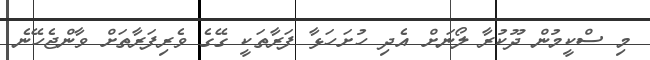
މި ސްކީމުން ދޫކުރާ ލޯނަށް އެދި ހުށަހަޅާ ފަރާތަކީ ގޭގެ ވެރިފަރާތަށް ވާންޖެހޭނެ